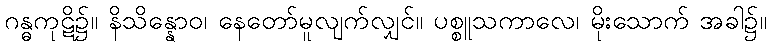
ဂန္ဓကုဋိ၌။ နိသိန္နောဝ၊ နေတော်မူလျက်လျှင်။ ပစ္စူသကာလေ၊ မိုးသောက် အခါ၌။